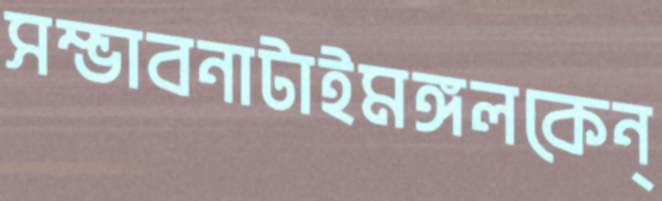
সম্ভাবনাটাইমঙ্গলকেন্